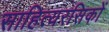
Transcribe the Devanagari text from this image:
साहित्यरसिकों